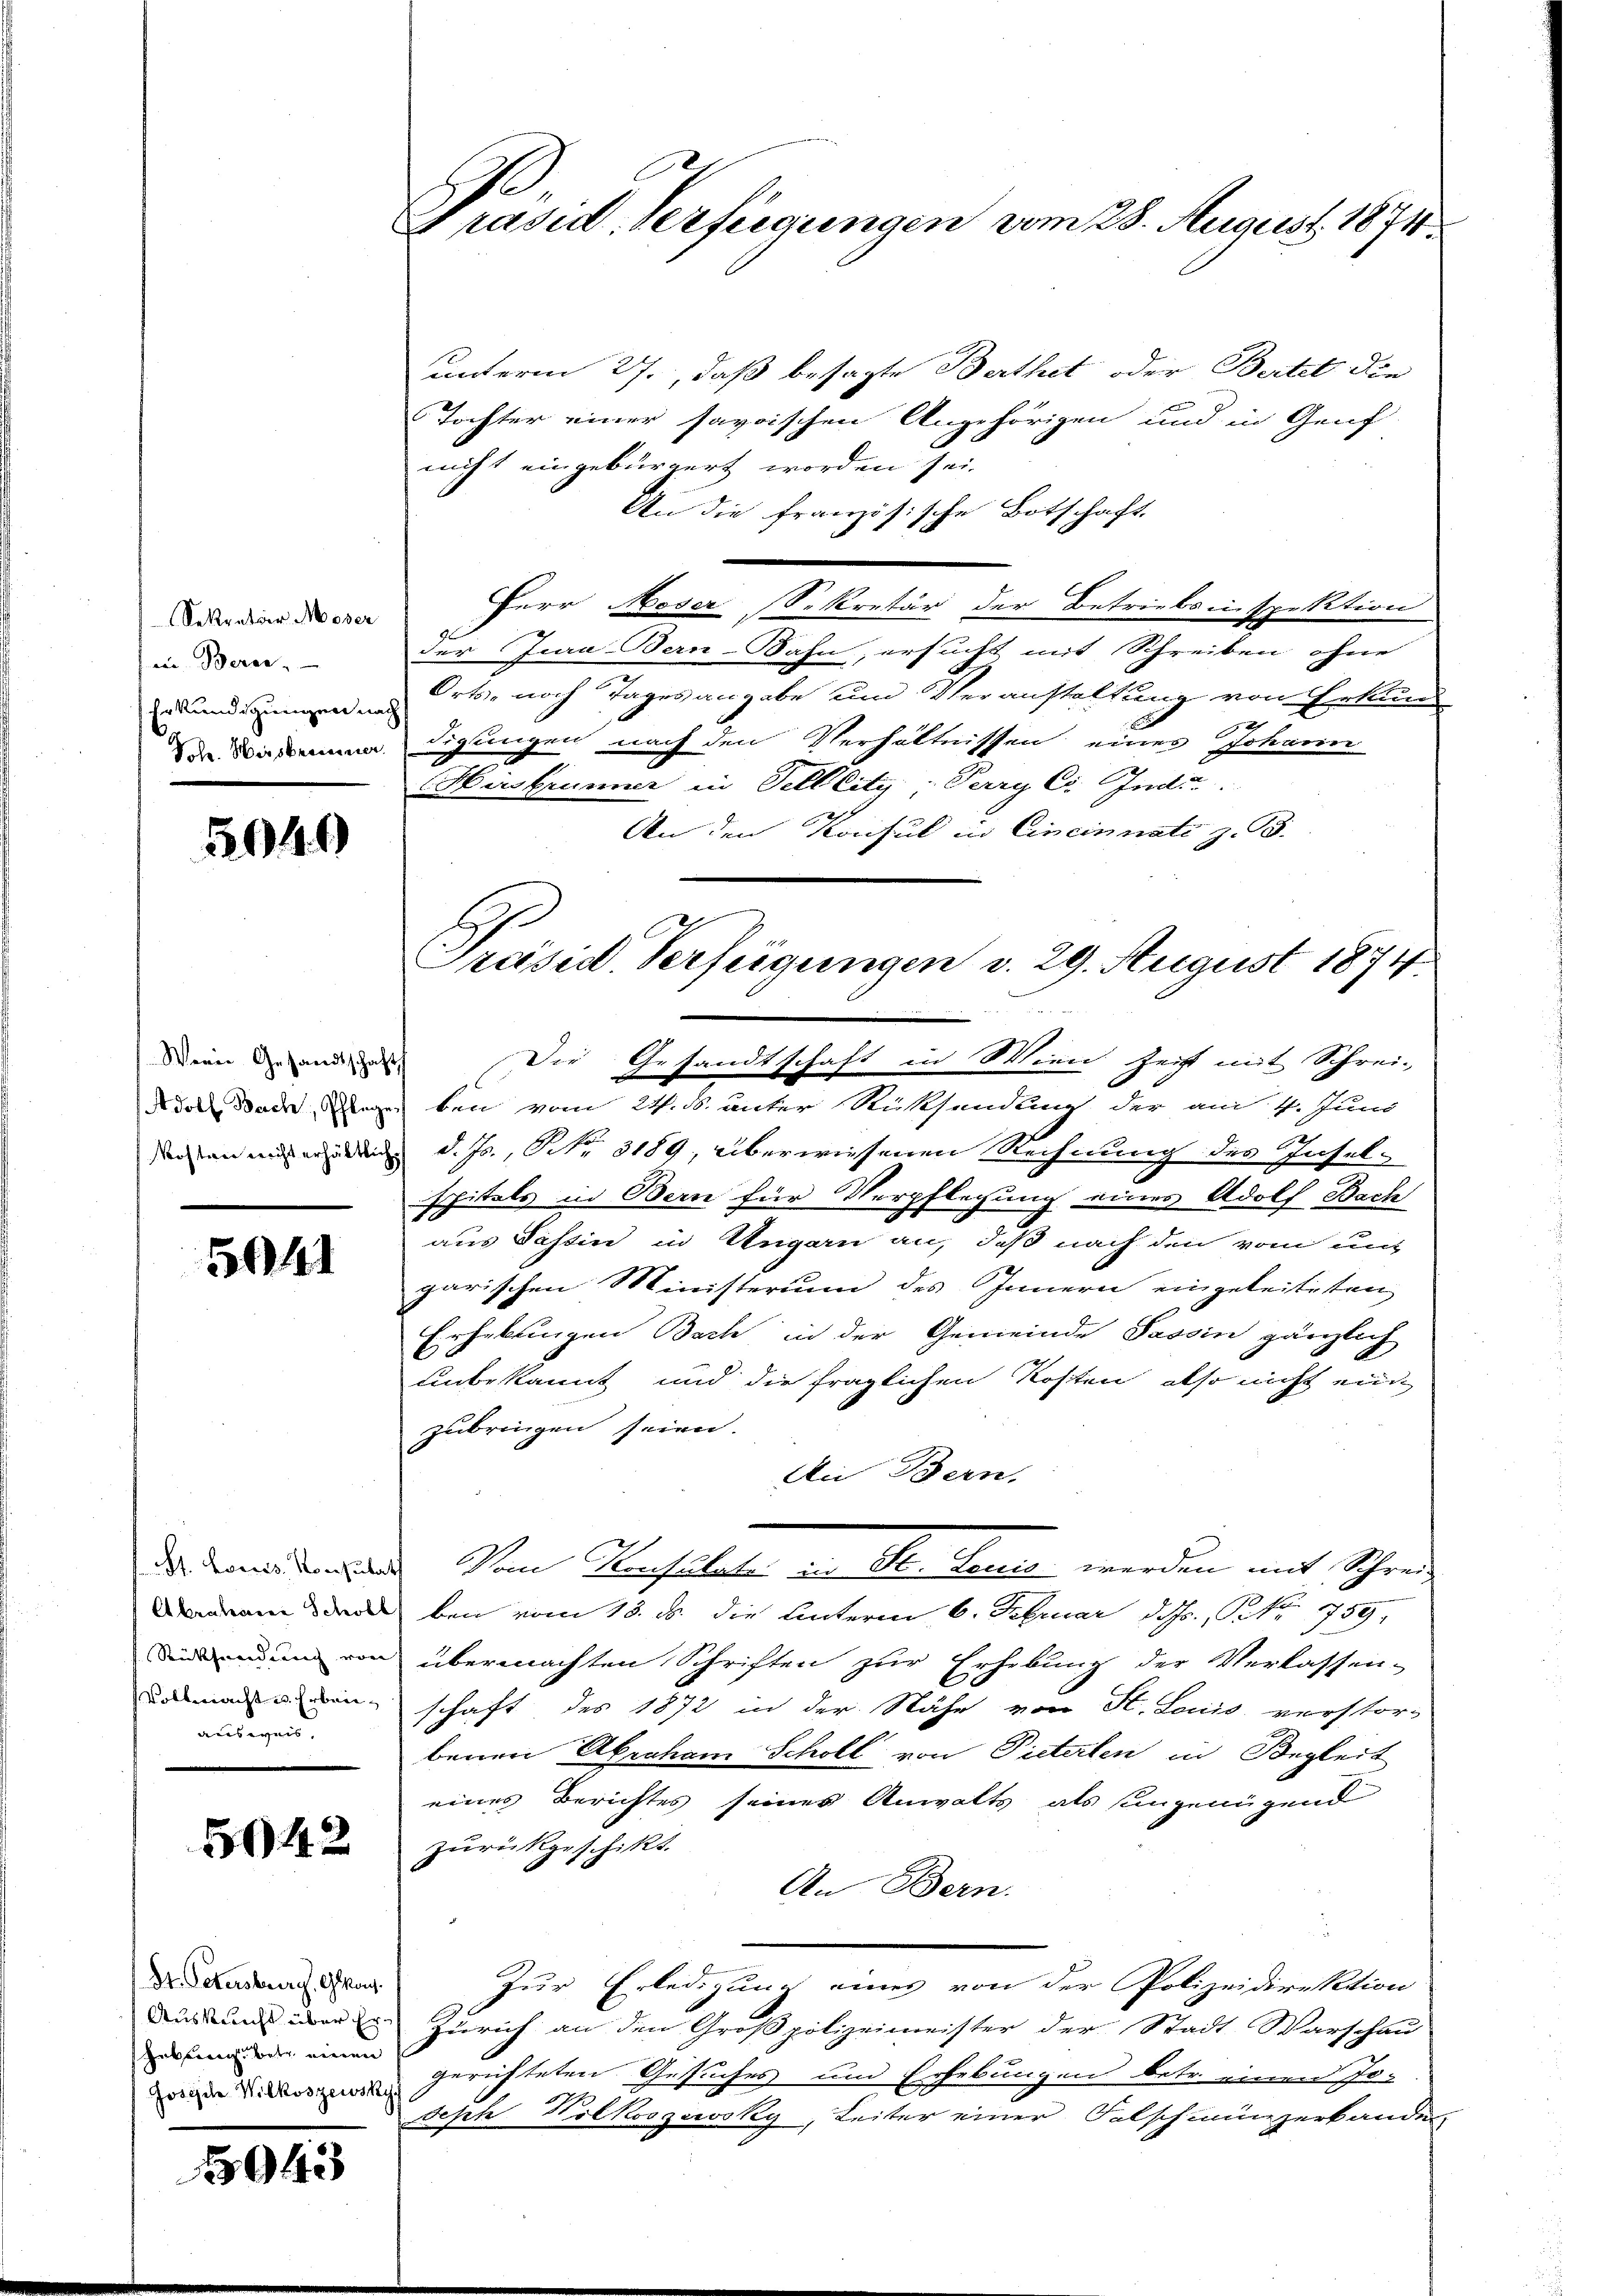
Sekretär Moser
in Berec
Erkundigungen nach

2049

Werne Gesandtschafts

5941

ausweis

542

St. Petersburg, Gan
 bith einen

5943

unterm 27., daß besagte Berthet oder Bertel die
Tochter einer savoischen Angehörigen und in Genf
nicht eingebürgert worden sei.
An die französische Botschaft.
Herr Moser Sekretär der Betriebsinspektion
der Jura Bern-Bahn, ersucht mit Schreiben ohne
Orts- noch Tagesangabe und Veranstaltung von Erkun
2
d Versammen digungen nach den Verhältnissen eines Johann
Hirsbrunner in Telllity-Perry Co. Indu
An den Konsul in Cincinnate z. B.
Die Gesandtschaft in Wien Zeit mit Schrei-
dot Bade sagen bei vom 24. B. unter Rücksendung der am 1. Juni
inen und einen d. Js., Nr. 3189, überwiesenen Rechnung des Inselspitels in Bern für Verpflegung eines Adolf Bach
aus Fassin in Ungarn an, daß nach den vom unt
garischen Ministerium des Innern eingeleiteten
Erhebungen Bach in der Gemeinde Passin gänzlich
unbekannt und die fraglichen Kosten, also nicht eine
zubringen seien.
An Bern.
des Landenen Von Versitate an den kannt werden mit Schreie
 eben vom 13. d. die Unterm 6. Februar d. Js., N. Nr. 759.
dinem von übermachten Schriften zur Erhebung der Verlassen-
da u. denschaft des 1872 in der Nähe von St. Louis verstor-
benen Aberham Scholl von Pieterten in Begleit
eines Berichtes seines Anwalts als eingenügend
zurückgeschikt.
An Bern.
Zur Erledigung eines von der Polizeidirektion
Würkung über in Zürich an den Großpolizeimeister der Stadt Warschau
ozen gerichteten Gesuches und Erhebungen betr. einen Jo-
Seph Kilkoszowsky, Leiter einer Falschmünzerbanden

Präsid. Verfügungen vom 28. August 1874.

E
Präsid. Verfügungen v. 29. August 1874